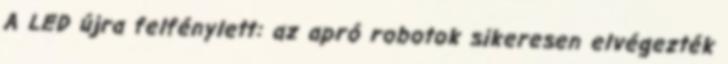
A LED újra felfénylett: az apró robotok sikeresen elvégezték